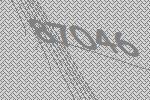
87046